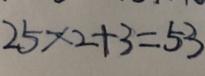
2 5 \times 2 + 3 = 5 3